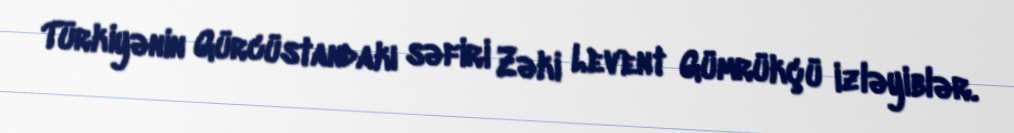
Türkiyənin Gürcüstandakı səfiri Zəki Levent Gümrükçü izləyiblər.